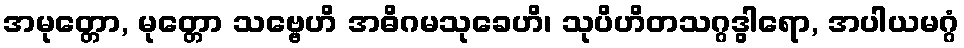
အမုတ္တော, မုတ္တော သဗ္ဗေဟိ အဓိဂမသုခေဟိ၊ သုပိဟိတသဂ္ဂဒွါရော, အပါယမဂ္ဂံ